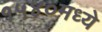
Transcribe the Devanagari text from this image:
१५४०मध्ये